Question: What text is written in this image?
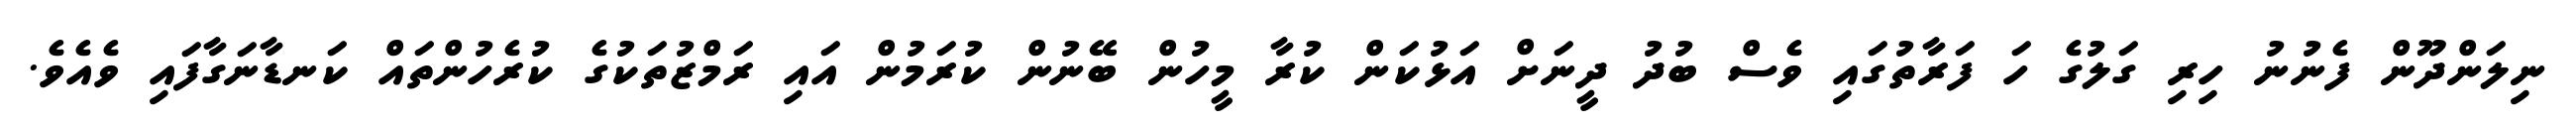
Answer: ނިލަންދޫން ފެނުނު ހިރި ގަލުގެ ހަ ފަރާތުގައި ވެސް ބުދު ދީނަށް އަޅުކަން ކުރާ މީހުން ބޭނުން ކުރަމުން އައި ރަމްޒުތަކުގެ ކުރެހުންތައް ކަނޑާނަގާފައި ވެއެވެ.